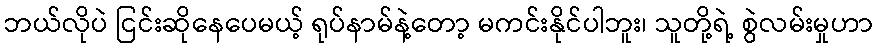
ဘယ်လိုပဲ ငြင်းဆိုနေပေမယ့် ရုပ်နာမ်နဲ့တော့ မကင်းနိုင်ပါဘူး၊ သူတို့ရဲ့ စွဲလမ်းမှုဟာ